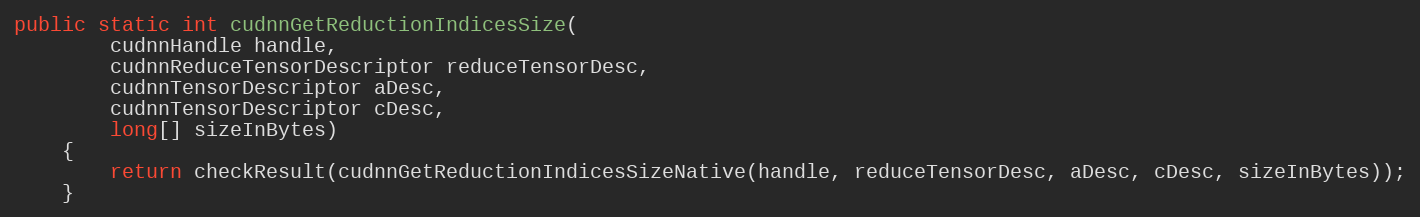
Language: Java
public static int cudnnGetReductionIndicesSize(
        cudnnHandle handle,
        cudnnReduceTensorDescriptor reduceTensorDesc,
        cudnnTensorDescriptor aDesc,
        cudnnTensorDescriptor cDesc,
        long[] sizeInBytes)
    {
        return checkResult(cudnnGetReductionIndicesSizeNative(handle, reduceTensorDesc, aDesc, cDesc, sizeInBytes));
    }